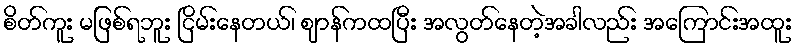
စိတ်ကူး မဖြစ်ရဘူး ငြိမ်းနေတယ်၊ ဈာန်ကထပြီး အလွတ်နေတဲ့အခါလည်း အကြောင်းအထူး